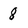
Character: 8